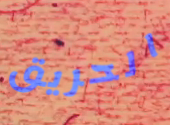
الحريق